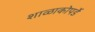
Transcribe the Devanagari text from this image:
शाळाकोपर्डे